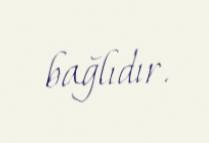
bağlıdır.